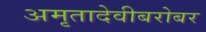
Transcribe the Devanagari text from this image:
अमृतादेवीबरोबर